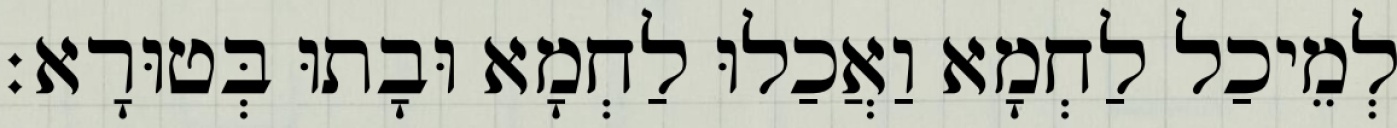
לְמֵיכַל לַחְמָא וַאֲכַלוּ לַחְמָא וּבָתוּ בְּטוּרָא׃